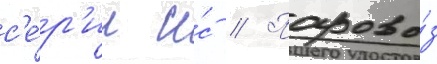
с'е́р'ии и́с // Парово́з